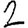
Digit: 2